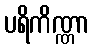
ပရိကိဏ္ဏာ